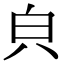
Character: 㒵